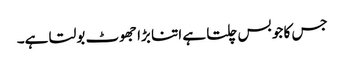
جس کا جو بس چلتا ہے اتنا بڑا جھوٹ بولتا ہے۔